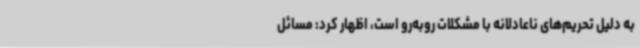
به دلیل تحریم‌های ناعادلانه با مشکلات روبه‌رو است، اظهار کرد: مسائل